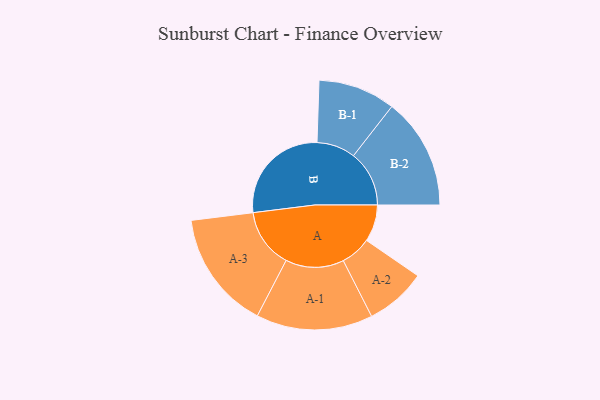
{"axis": {"x": "Segment", "y": "Value"}, "legend": ["", "A", "B"], "data": [{"x": "A", "y": 173, "type": ""}, {"x": "B", "y": 496, "type": ""}, {"x": "A-1", "y": 273, "type": "A"}, {"x": "A-2", "y": 143, "type": "A"}, {"x": "A-3", "y": 278, "type": "A"}, {"x": "B-1", "y": 181, "type": "B"}, {"x": "B-2", "y": 261, "type": "B"}]}